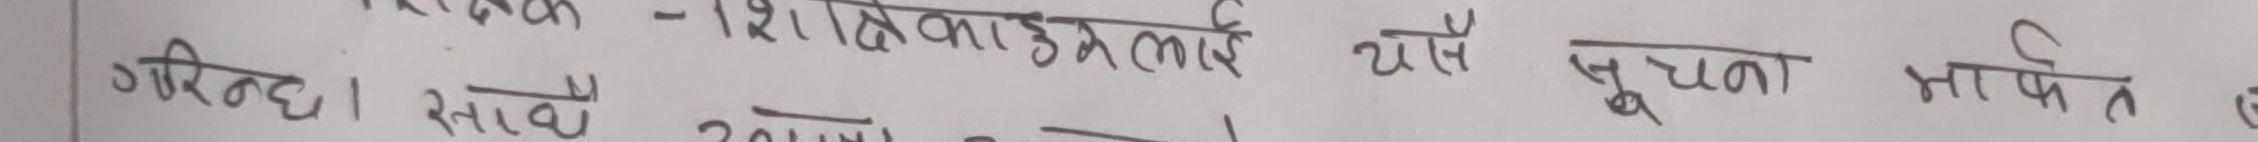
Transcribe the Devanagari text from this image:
गरिन्छ। - शिक्षाकर्मीहरूलाई यसै सूचना मार्फत ए
सावधानी